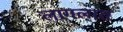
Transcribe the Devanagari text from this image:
लागलात